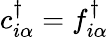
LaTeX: c_{i\alpha}^{\dagger}=f_{i\alpha}^{\dagger}